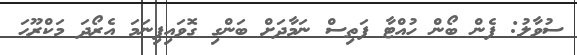
ސުވާލު: ފެން ބޯން ހުއްޓާ ފަތިސް ނަމާދަށް ބަންގި ގޮވައިފިނަމަ އެރޯދަ މަކްރޫޙަ